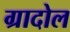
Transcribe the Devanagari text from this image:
ग्रादोल